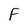
Character: F